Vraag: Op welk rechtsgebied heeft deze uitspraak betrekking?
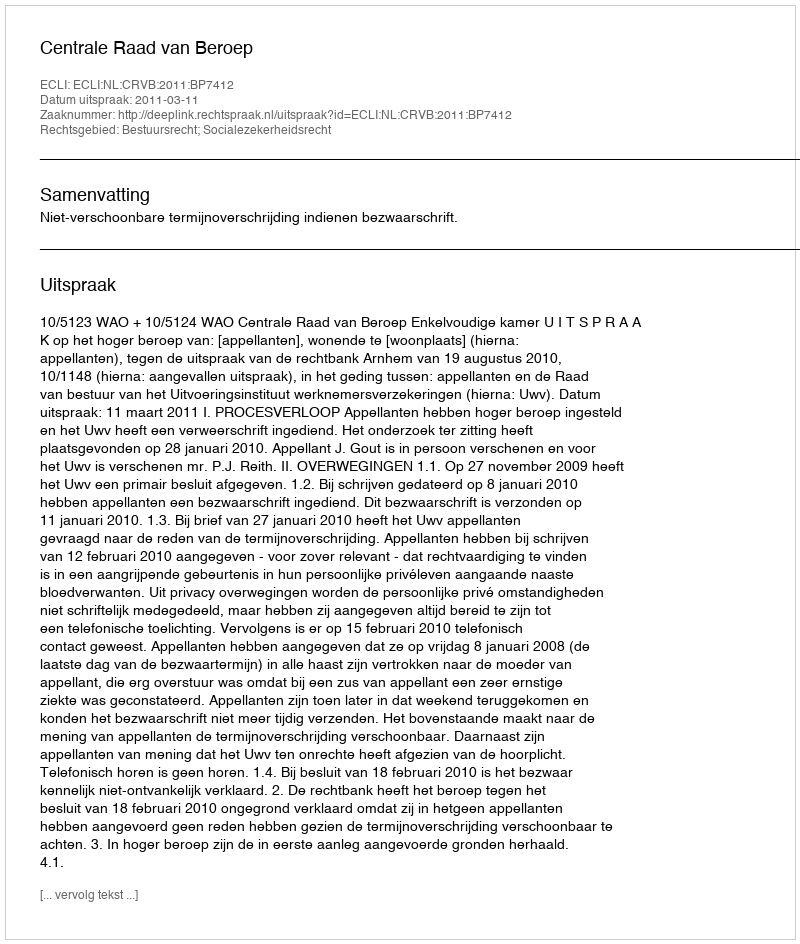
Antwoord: Bestuursrecht; Socialezekerheidsrecht